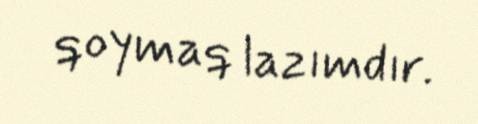
qoymaq lazımdır.